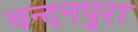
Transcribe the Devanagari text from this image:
चन्दनपुरा